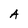
Character: A